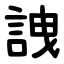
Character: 䛖